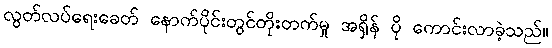
လွတ်လပ်ရေးခေတ် နောက်ပိုင်းတွင်တိုးတက်မှု အရှိန် ပို ကောင်းလာခဲ့သည်။